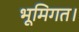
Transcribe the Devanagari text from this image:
भूमिगत।